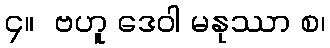
၄။  ဗဟူ ဒေဝါ မနုဿာ စ၊